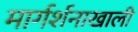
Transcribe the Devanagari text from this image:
मार्गर्शनाखाली